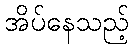
အိပ်နေသည့်